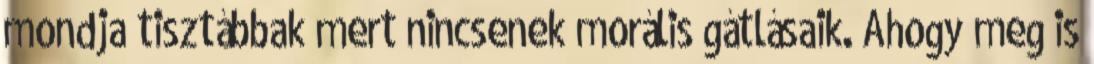
mondja tisztábbak mert nincsenek morális gátlásaik. Ahogy meg is